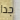
جدا